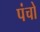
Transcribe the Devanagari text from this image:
पंचो